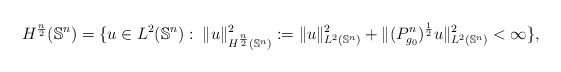
\begin{align*}H^{\frac{n}{2}}(\mathbb{S}^n)=\{u\in L^{2}(\mathbb{S}^n): \; \|u\|_{H^{\frac{n}{2}}(\mathbb{S}^n)}^2:=\|u\|_{L^{2}(\mathbb{S}^n)}^2+\|(P_{g_0}^n)^{\frac{1}{2}}u \|_{L^{2}(\mathbb{S}^n)}^2<\infty\},\end{align*}